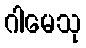
ဂါမေသု